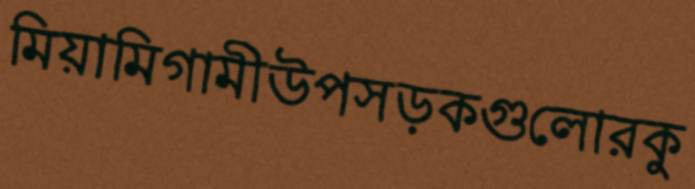
মিয়ামিগামীউপসড়কগুলোরকু